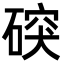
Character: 䃐